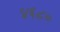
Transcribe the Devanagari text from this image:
४६८०